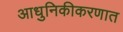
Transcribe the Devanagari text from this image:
आधुनिकीकरणात